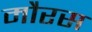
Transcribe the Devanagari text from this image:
मौरस